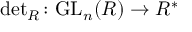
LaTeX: { \mathrm { d e t } } _ { R } \colon { \mathrm { G L } } _ { n } ( R ) \to R ^ { * }